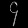
Digit: ၄